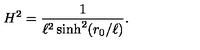
H ^ { 2 } = { \frac { 1 } { \ell ^ { 2 } \sinh ^ { 2 } ( r _ { 0 } / \ell ) } } .